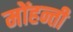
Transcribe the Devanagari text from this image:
मोंहन्ती